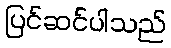
ပြင်ဆင်ပါသည်